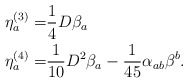
\begin{align*} \eta_a^{(3)} = &\frac{1}{4} D\beta_a \\ \eta_a^{(4)} = &\frac{1}{10} D^2 \beta_a -\frac{1}{45}\alpha_{ab}\beta^b.\end{align*}